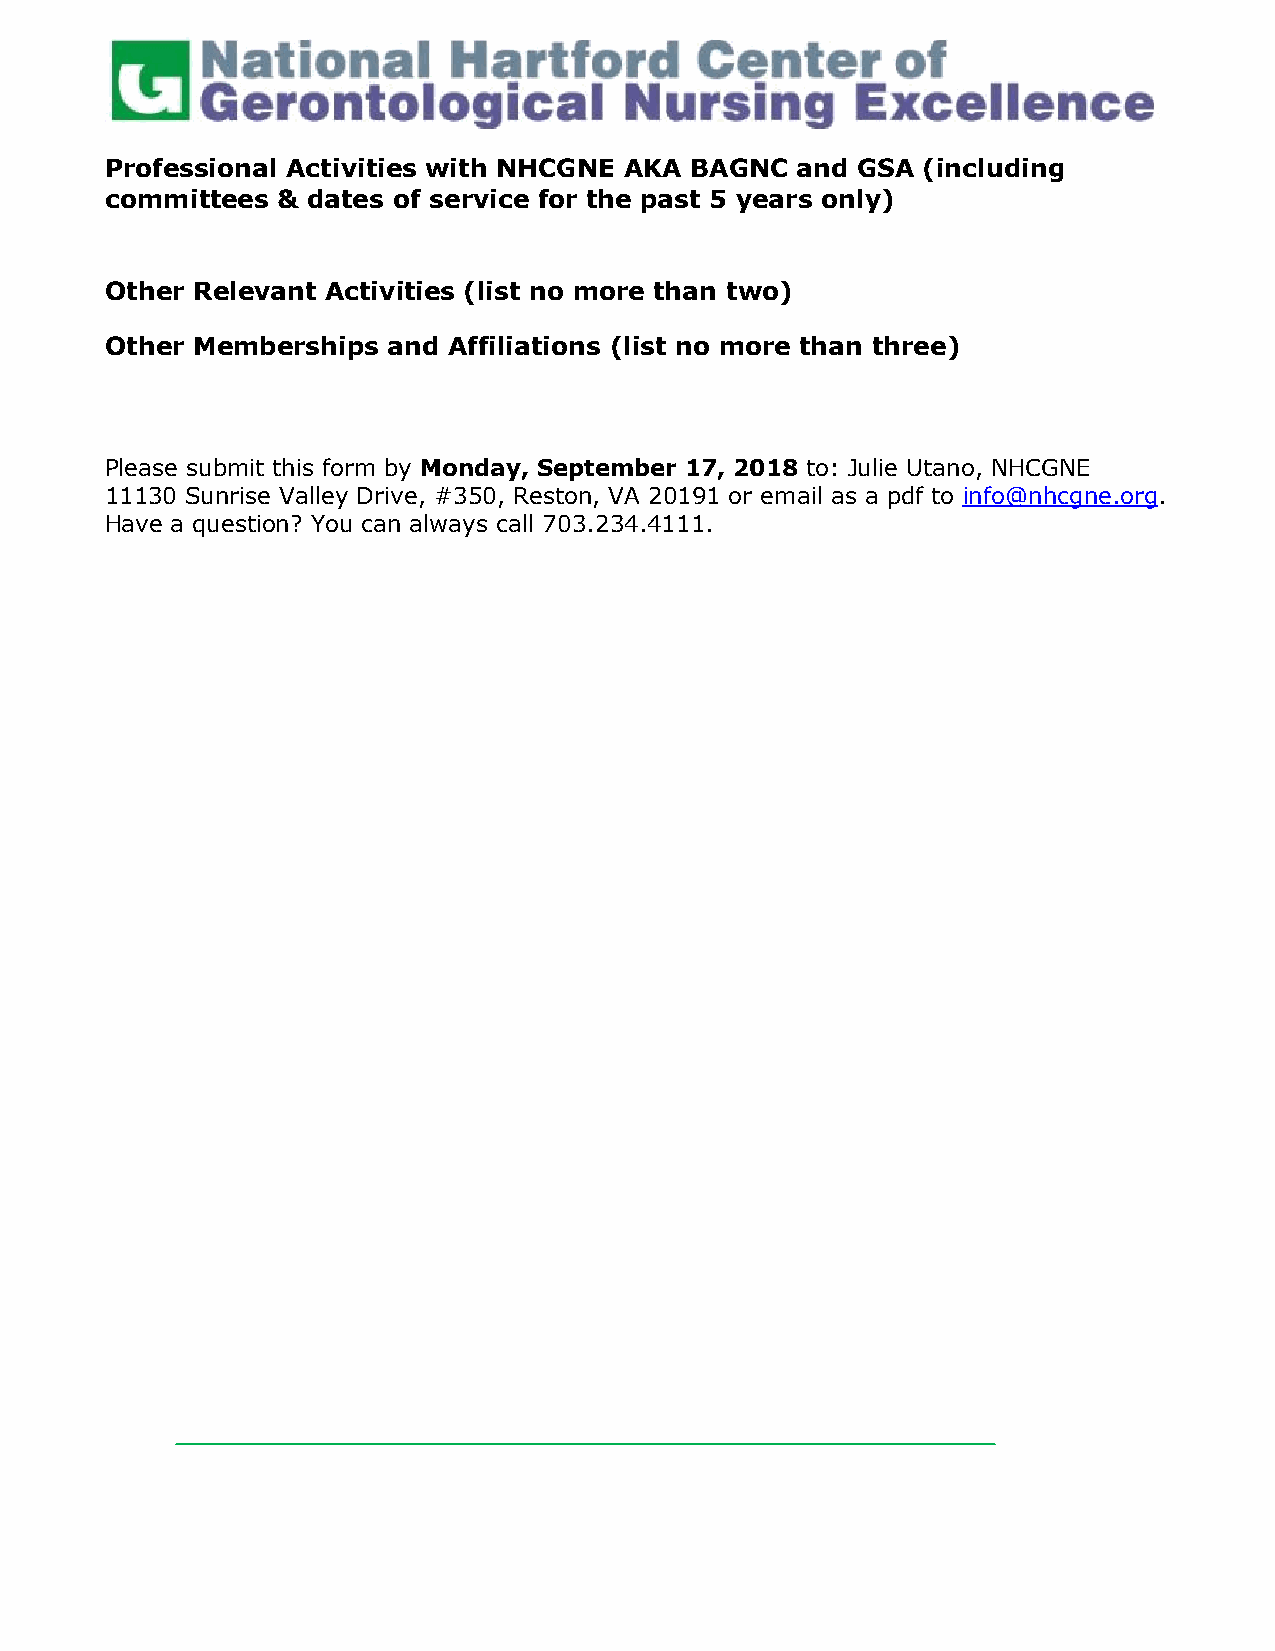
Professional Activities with NHCGNE AKA BAGNC and GSA (including
 committees & dates of service for the past 5 years only)
 Other Relevant Activities (list no more than two)
 Other Memberships  and Affiliations (list no more than three)
 Please submit this form by Monday, September 17, 2018 to: Julie Utano, NHCGNE
 11130 Sunrise Valley Drive, #350, Reston, VA 20191 or email as a pdf to info@nhcgne.org.
 Have a question? You can always call 703.234.4111.